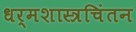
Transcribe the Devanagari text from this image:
धर्मशास्त्रचिंतन